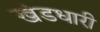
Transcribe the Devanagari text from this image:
खंडधारी